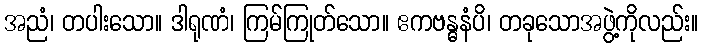
အညံ၊ တပါးသော။ ဒါရုဏံ၊ ကြမ်ကြုတ်သော။ ဧကဗန္ဓနံပိ၊ တခုသောအဖွဲ့ကိုလည်း။